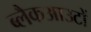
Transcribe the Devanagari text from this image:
ब्लैकआउटों